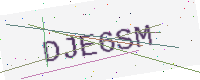
Text: DJE6SM